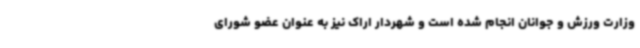
وزارت ورزش و جوانان انجام شده است و شهردار اراک نیز به عنوان عضو شورای